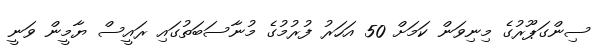
ސިންގަޕޫރުގެ މިނިވަން ކަމަށް 50 އަހަރު ފުރުމުގެ މުނާސަބަތުގައި ރައީސް ޔާމީން ވަނީ